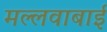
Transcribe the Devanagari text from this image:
मल्लवाबाई